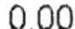
0.00